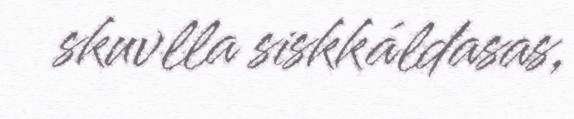
skuvlla siskkáldasas,